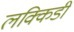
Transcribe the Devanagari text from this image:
लक्किडी